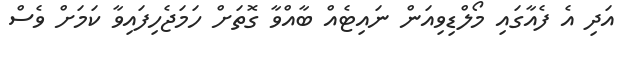
އަދި އެ ފެއާގައި މޯލްޑިވިއަން ނައިޓެއް ބާއްވާ ގޮތަށް ހަމަޖެހިފައިވާ ކަމަށް ވެސް